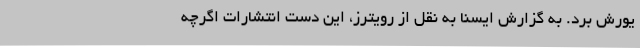
یورش برد. به گزارش ایسنا به نقل از رویترز، این دست انتشارات اگرچه